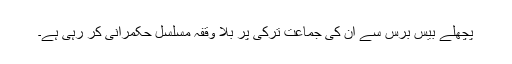
پچھلے بیس برس سے ان کی جماعت ترکی پر بلا وقفہ مسلسل حکمرانی کر رہی ہے۔